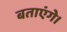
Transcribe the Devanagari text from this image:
बताएंगे।